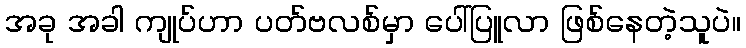
အခု အခါ ကျုပ်ဟာ ပတ်ဗလစ်မှာ ပေါ်ပြူလာ ဖြစ်နေတဲ့သူပဲ။